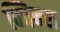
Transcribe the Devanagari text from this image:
क्विन्‍स